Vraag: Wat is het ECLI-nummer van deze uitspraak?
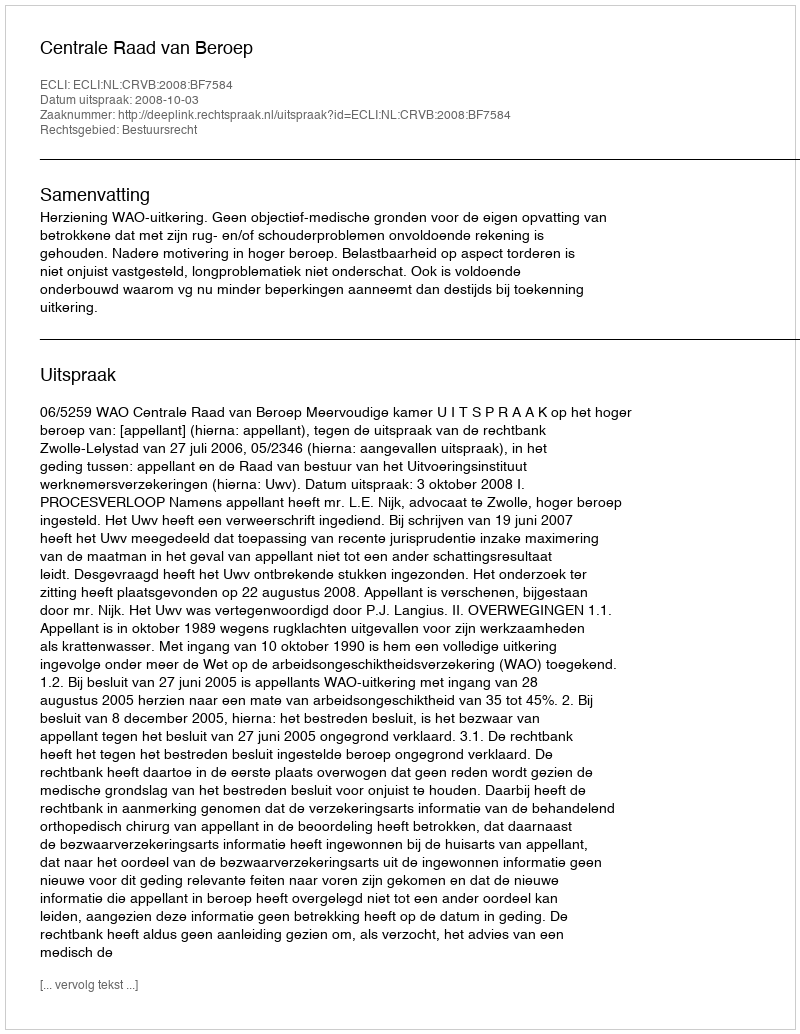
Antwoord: ECLI:NL:CRVB:2008:BF7584